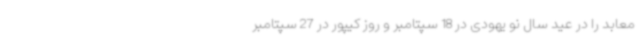
معابد را در عید سال نو یهودی در 18 سپتامبر و روز کیپور در 27 سپتامبر